Problem: 3 × 5 = ?
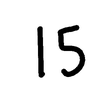
Handwritten answer: 15